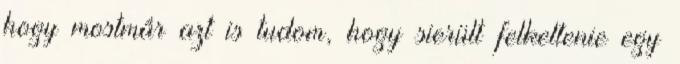
hogy mostmár azt is tudom, hogy sierült felkeltenie egy